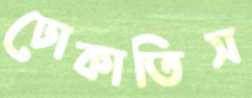
ঢোকাতিস